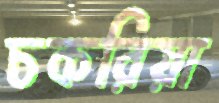
চকরিয়া